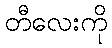
တီလေးကို